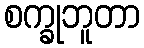
စက္ခုဘူတာ